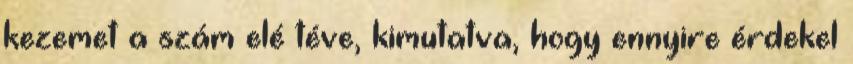
kezemet a szám elé téve, kimutatva, hogy ennyire érdekel